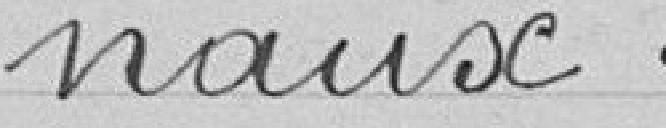
naux .